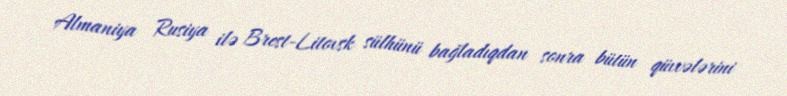
Almaniya Rusiya ilə Brest-Litovsk sülhünü bağladıqdan sonra bütün qüvvələrini